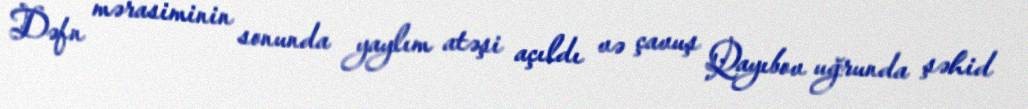
Dəfn mərasiminin sonunda yaylım atəşi açıldı və çavuş Qayıbov uğrunda şəhid